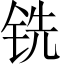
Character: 铣